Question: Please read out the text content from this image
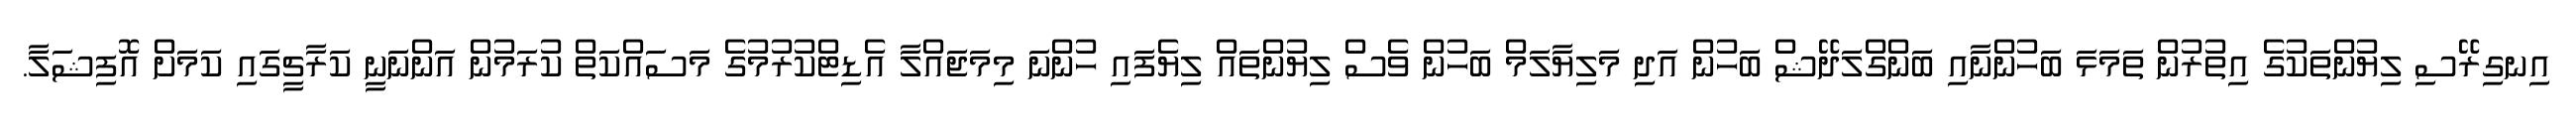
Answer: އިނގިރޭސި ލިޔުންތަކުގެ އިތުރުން ތަމަޅަ ބަހުންނާއި ބަންގްލަދޭޝް ބަހުން އަދި މަލިޔާލަމް ބަހުން ވެސް ލިޔުންތައް ލިޔެފައި ހުންނަ މިމަޖައްލާ އެޑިޓްކުރުމުގެ މަސައްކަތް ކުރަމުން އަންނަނީ ކަރާޗީގައި ކަމަށް އޮފިޝަލާ.